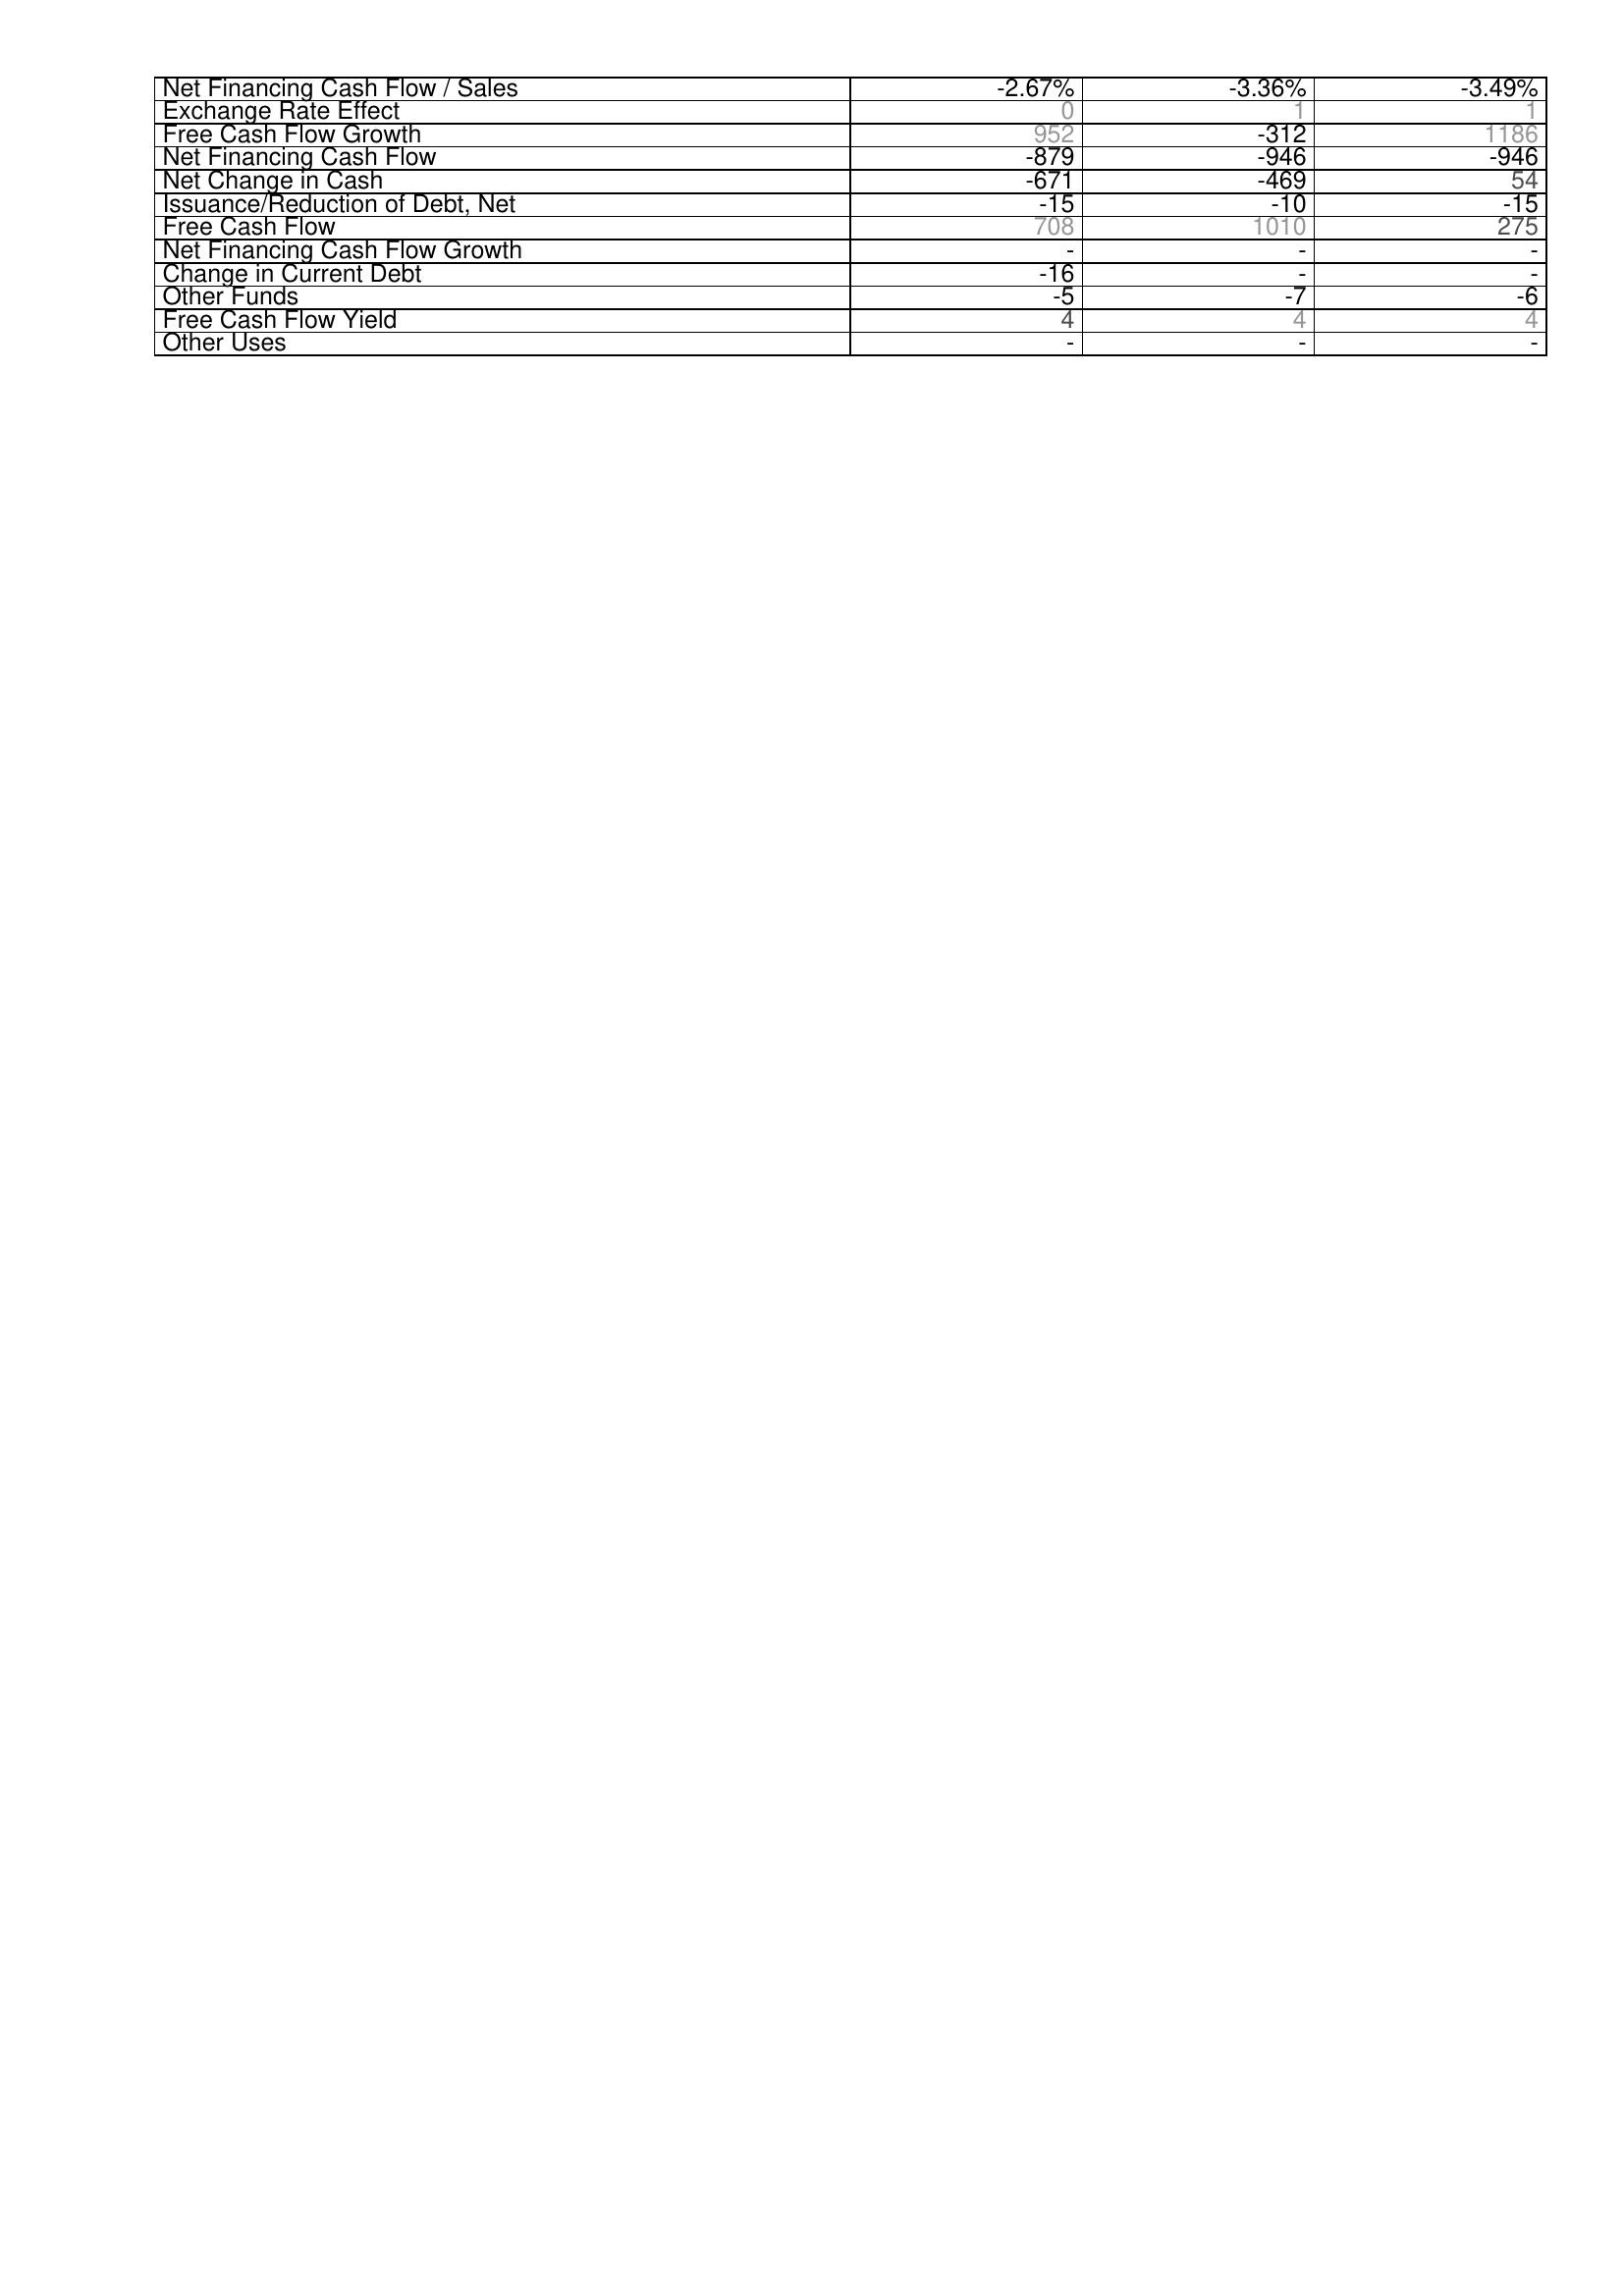
2015: Financing Activities: Net Financing Cash Flow / Sales: -2.67%
Exchange Rate Effect: 0
Free Cash Flow Growth: 952
Net Financing Cash Flow: -879
Net Change in Cash: -671
Issuance/Reduction of Debt, Net: -15
Free Cash Flow: 708
Net Financing Cash Flow Growth: -
Change in Current Debt: -16
Other Funds: -5
Free Cash Flow Yield: 4
Other Uses: -
2014: Financing Activities: Net Financing Cash Flow / Sales: -3.36%
Exchange Rate Effect: 1
Free Cash Flow Growth: -312
Net Financing Cash Flow: -946
Net Change in Cash: -469
Issuance/Reduction of Debt, Net: -10
Free Cash Flow: 1010
Net Financing Cash Flow Growth: -
Change in Current Debt: -
Other Funds: -7
Free Cash Flow Yield: 4
Other Uses: -
2013: Financing Activities: Net Financing Cash Flow / Sales: -3.49%
Exchange Rate Effect: 1
Free Cash Flow Growth: 1186
Net Financing Cash Flow: -946
Net Change in Cash: 54
Issuance/Reduction of Debt, Net: -15
Free Cash Flow: 275
Net Financing Cash Flow Growth: -
Change in Current Debt: -
Other Funds: -6
Free Cash Flow Yield: 4
Other Uses: -